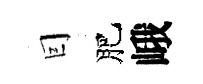
囙肥峨